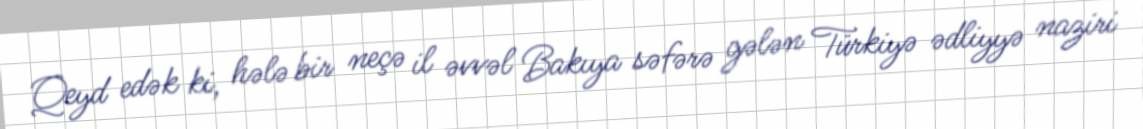
Qeyd edək ki, hələ bir neçə il əvvəl Bakıya səfərə gələn Türkiyə ədliyyə naziri